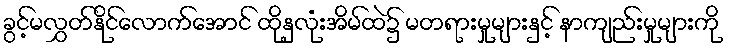
ခွင့်မလွှတ်နိုင်လောက်အောင် ထိုနှလုံးအိမ်ထဲ၌ မတရားမှုများနှင့် နာကျည်းမှုများကို